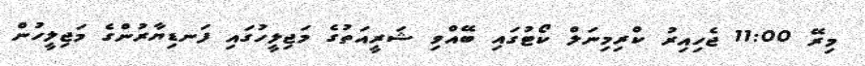
މިރޭ 11:00 ޖެހިއިރު ކްރިމިނަލް ކޯޓުގައި ބޭއްވި ޝަރީއަތުގެ މަޖިލީހުގައި ފަނޑިޔާރުންގެ މަޖިލީހުން